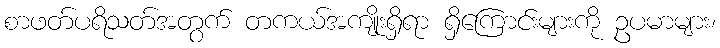
စာဖတ်ပရိသတ်အတွက် တကယ်အကျိုးရှိရာ ရှိကြောင်းများကို ဥပမာများ၊